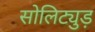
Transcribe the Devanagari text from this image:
सोलिट्युड़